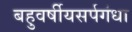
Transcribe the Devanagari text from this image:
बहुवर्षीयसर्पगंधा